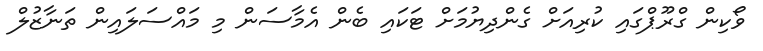
ވޯކިން ގްރޫޕްގައި ކުރިއަށް ގެންދިޔުމަށް ޓަކައި ބެން އެމާސަން މި މައްސަލައިން ތަނާޒުލް